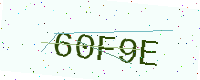
Text: 60F9E